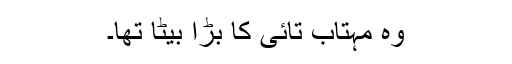
وہ مہتاب تائی کا بڑا بیٹا تھا۔